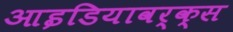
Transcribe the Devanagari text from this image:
आइडियावर्क्स